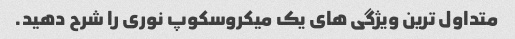
متداول ترین ویژگی های یک میکروسکوپ نوری را شرح دهید.